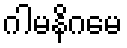
ဂါမနိဂမေ